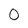
Character: 0